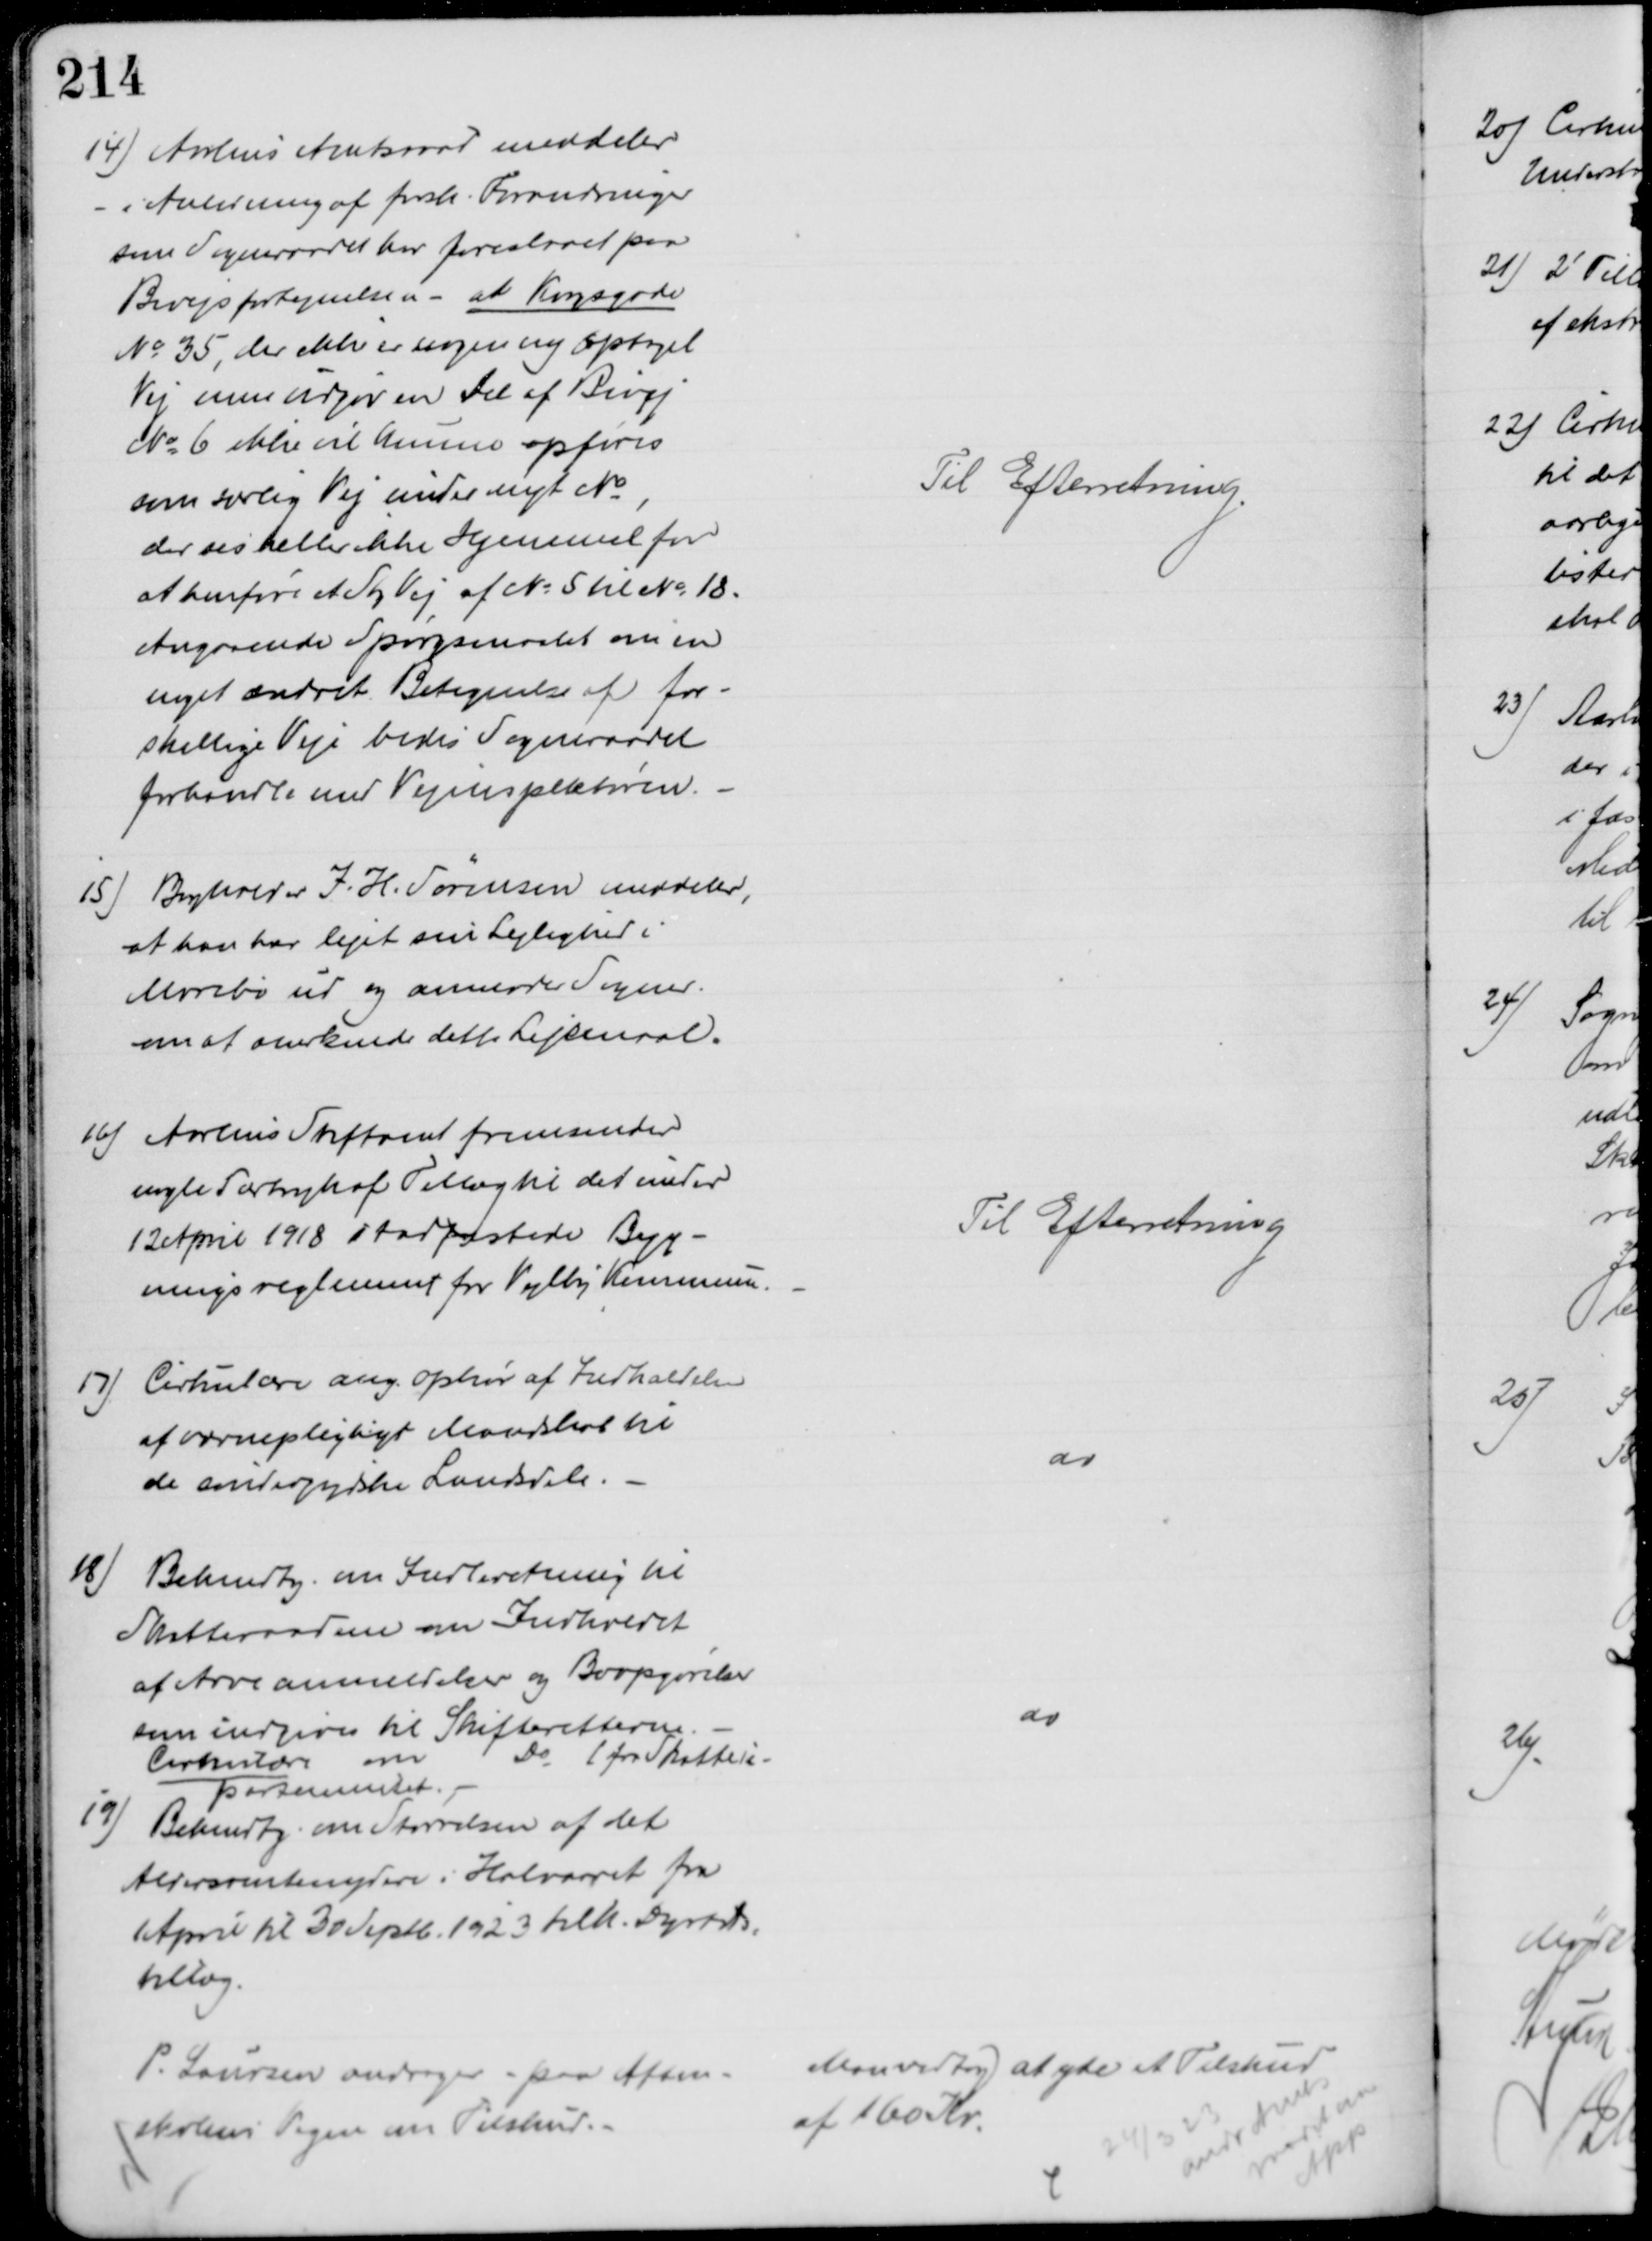
Transskription:
14) Aarhus Amtsraad meddeler
- i Anledning af forsk. Forandringer
som Sogneraadet har foreslaaet paa
Bivejsfortegnelsen - at Krogsgade
№ 35, der ikke er nogen ny optaget
Vej men udgør en Del af Bivej
№ 6 ikke vil kunne opføres
som særlig Vej under nyt №
der ses heller ikke Hjemmel for
at henføre et Sty Vej af № 5 til № 18.
Angaaende Spørgsmaalet om en
noget ændret Betegnelse af for-
skellige Veje bedes Sogneraadet
forhandle med Vejinspektøren.
Til Efterretning
15) Bogholder J. H. Sørensen meddeler,
at han har lejet sin Lejlighed i
Mosebo ud og anmoder Sogner.
om at anerkende dette Lejemaal.
16)  Aarhus Stiftamt fremsender
nogle Særtryk af Tillæg til det under
12 April 1918 stadfæstede Byg-
ningsreglement for Vejlby Kommune.
Til Efterretning
17) Cirkulære ang. Ophør af Indkaldelse
af værnepligtigt Mandskab til 
de sønderjydske Landsdele.
do
18)
Bekendtg. om Indberetning til 
Skatteraadene om Indholdet
af Arveanmeldelser og Boopgørelser
som indgives til Skifteretterne 
Cirkulære om
Do
( fra Skattede-
partementet
do
19) Bekendtg. om Størrelsen af det
Aldersrentenydere i Halvaaret fra
April til 30 Septb. 1923 tilk. Dyrtids-
tillæg.
P. Laursen andrager - paa Aften-
skolens Vegne om Tilskud.
Man vedtog at yde et Tilskud
af 160 Kr.
24/3 23
andr Amts
raadet om
App